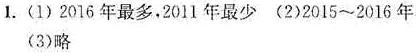
1. (1) 2016 年最多,2011 年最少 (2)2015～2016 年
(3)略